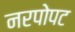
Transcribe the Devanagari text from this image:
नरपोपट